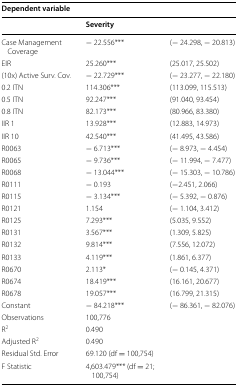
<table><thead><tr><td colspan="3"><b>Dependent variable</b></td></tr><tr><td></td><td><b>Severity</b></td><td></td></tr></thead><tbody><tr><td>Case Management Coverage</td><td>− 22.556***</td><td>(− 24.298, − 20.813)</td></tr><tr><td>EIR</td><td>25.260***</td><td>(25.017, 25.502)</td></tr><tr><td>(10x) Active Surv. Cov.</td><td>− 22.729***</td><td>(− 23.277, − 22.180)</td></tr><tr><td>0.2 ITN</td><td>114.306***</td><td>(113.099, 115.513)</td></tr><tr><td>0.5 ITN</td><td>92.247***</td><td>(91.040, 93.454)</td></tr><tr><td>0.8 ITN</td><td>82.173***</td><td>(80.966, 83.380)</td></tr><tr><td>IIR 1</td><td>13.928***</td><td>(12.883, 14.973)</td></tr><tr><td>IIR 10</td><td>42.540***</td><td>(41.495, 43.586)</td></tr><tr><td>R0063</td><td>− 6.713***</td><td>(− 8.973, − 4.454)</td></tr><tr><td>R0065</td><td>− 9.736***</td><td>(− 11.994, − 7.477)</td></tr><tr><td>R0068</td><td>− 13.044***</td><td>(− 15.303, − 10.786)</td></tr><tr><td>R0111</td><td>− 0.193</td><td>(−2.451, 2.066)</td></tr><tr><td>R0115</td><td>− 3.134***</td><td>(− 5.392, − 0.876)</td></tr><tr><td>R0121</td><td>1.154</td><td>(− 1.104, 3.412)</td></tr><tr><td>R0125</td><td>7.293***</td><td>(5.035, 9.552)</td></tr><tr><td>R0131</td><td>3.567***</td><td>(1.309, 5.825)</td></tr><tr><td>R0132</td><td>9.814***</td><td>(7.556, 12.072)</td></tr><tr><td>R0133</td><td>4.119***</td><td>(1.861, 6.377)</td></tr><tr><td>R0670</td><td>2.113*</td><td>(− 0.145, 4.371)</td></tr><tr><td>R0674</td><td>18.419***</td><td>(16.161, 20.677)</td></tr><tr><td>R0678</td><td>19.057***</td><td>(16.799, 21.315)</td></tr><tr><td>Constant</td><td>− 84.218***</td><td>(− 86.361, − 82.076)</td></tr><tr><td>Observations</td><td>100,776</td><td></td></tr><tr><td>R<sup>2</sup></td><td>0.490</td><td></td></tr><tr><td>Adjusted R<sup>2</sup></td><td>0.490</td><td></td></tr><tr><td>Residual Std. Error</td><td>69.120 (df = 100,754)</td><td></td></tr><tr><td>F Statistic</td><td>4,603.479*** (df = 21; 100,754)</td><td></td></tr></tbody></table>